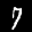
Label: 7